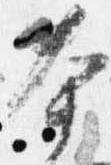
本